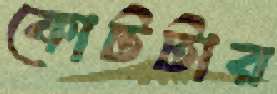
কোটটার